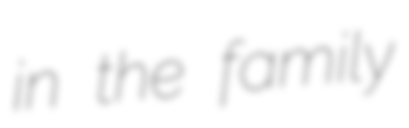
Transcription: in the family